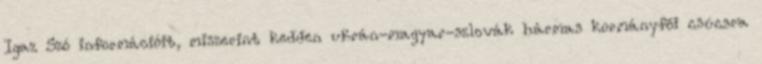
Igaz Szó információit, miszerint kedden ukrán-magyar-szlovák hármas kormányfői csúcsra